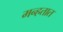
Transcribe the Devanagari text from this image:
मन्हतात